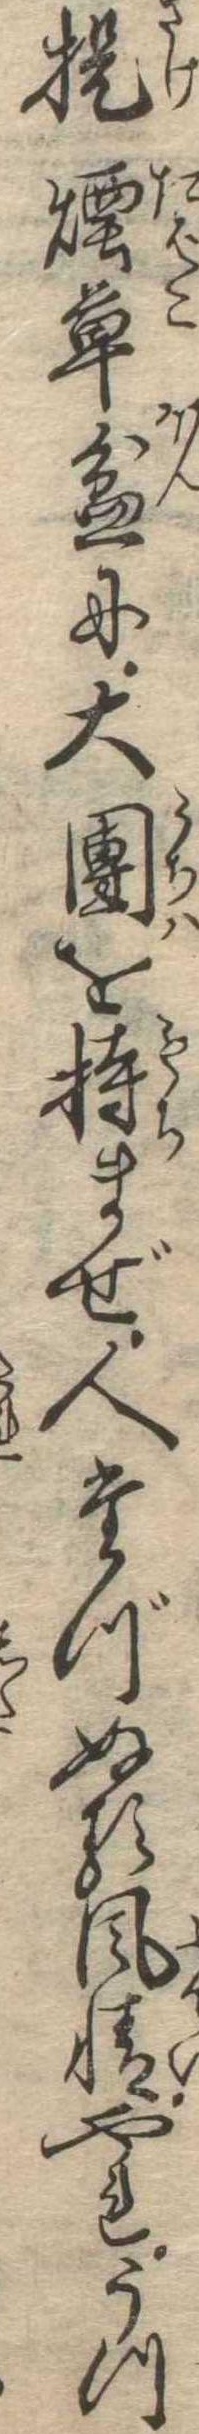
提煙草盆に大団を持まぜ人たづぬる風情やれうつ